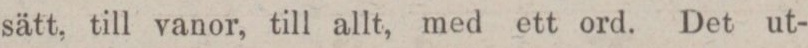
sätt, till vanor, till allt, med ett ord. Det ut-